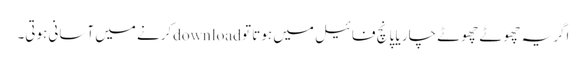
اگر یہ چھوٹے چھوٹے چار یا پانچ فائیل میں ہوتا تو downloadکرنے میں آسانی ہوتی۔